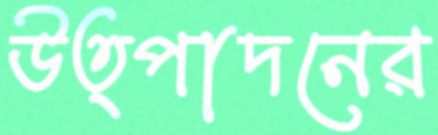
উত্পাদনের